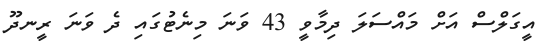
އީގަލްސް އަށް މައްސަލަ ދިމާވީ 43 ވަނަ މިނެޓުގައި ދެ ވަނަ ރީނދޫ